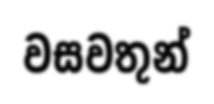
වසවතුන්